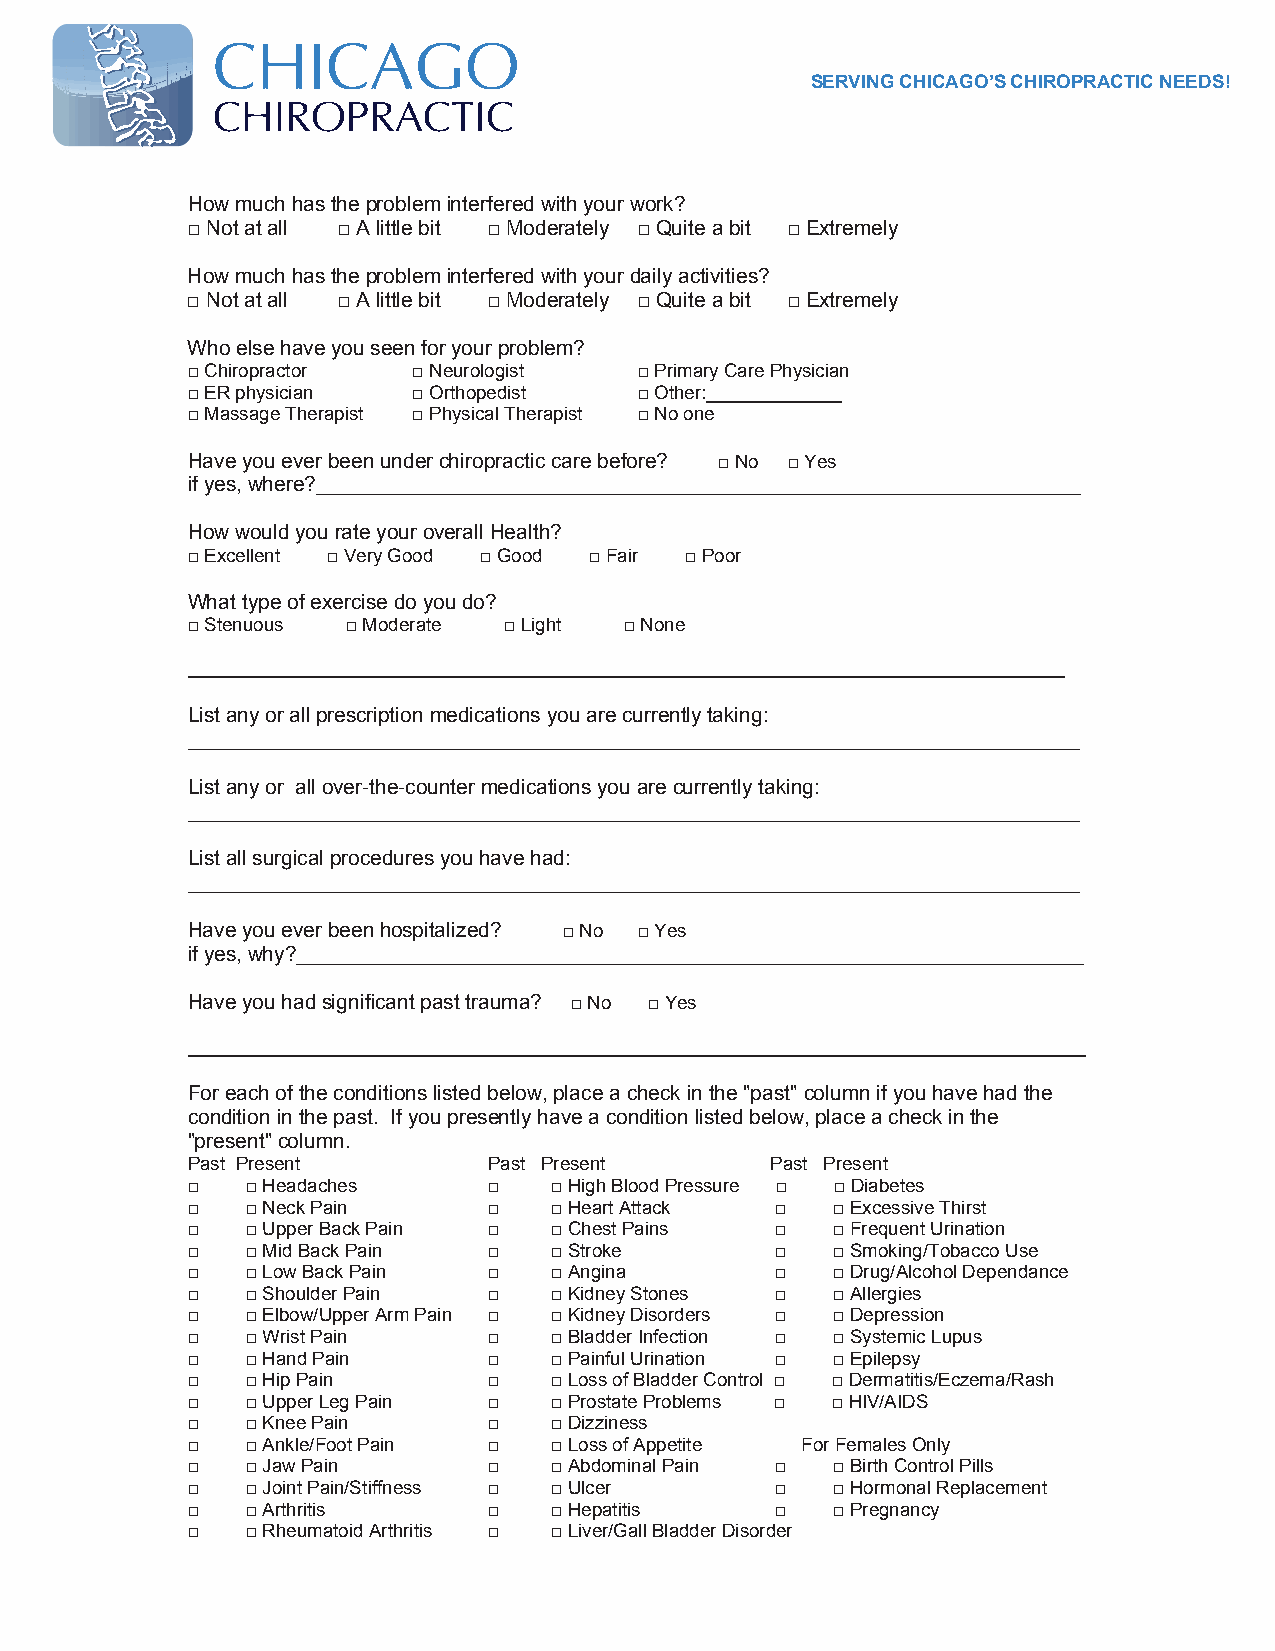
SERVING CHICAGO’S CHIROPRACTIC NEEDS!
 How much has the problem interfered with your work?
 □ Not at all □ A little bit □ Moderately □ Quite a bit □ Extremely
 How much has the problem interfered with your daily activities?
 □ Not at all □ A little bit □ Moderately □ Quite a bit □ Extremely
 Who else have you seen for your problem?
 □ Chiropractor □ Neurologist  □ Primary Care Physician
 □ ER physician □ Orthopedist  □ Other:_____________
 □ Massage Therapist □ Physical Therapist □ No one
 Have you ever been under chiropractic care before? □ No □ Yes
 if yes, where?__________________________________________________________________
 How would you rate your overall Health?
 □ Excellent □ Very Good □ Good □ Fair □ Poor
 What type of exercise do you do?
 □ Stenuous □ Moderate □ Light □ None
 ____________________________________________________________________________________
 List any or all prescription medications you are currently taking:
 _____________________________________________________________________________
 List any or all over-the-counter medications you are currently taking:
 _____________________________________________________________________________
 List all surgical procedures you have had:
 _____________________________________________________________________________
 Have you ever been hospitalized? □ No □ Yes
 if yes, why?____________________________________________________________________
 Have you had significant past trauma? □ No □ Yes
 ______________________________________________________________________________________
 For each of the conditions listed below, place a check in the "past" column if you have had the
 condition in the past. If you presently have a condition listed below, place a check in the
 "present" column.
 Past Present        Past Present       Past Present
 □   □ Headaches     □   □ High Blood Pressure □ □ Diabetes
 □   □ Neck Pain     □   □ Heart Attack □   □ Excessive Thirst
 □   □ Upper Back Pain □ □ Chest Pains  □   □ Frequent Urination
 □   □ Mid Back Pain □   □ Stroke       □   □ Smoking/Tobacco Use
 □   □ Low Back Pain □   □ Angina       □   □ Drug/Alcohol Dependance
 □   □ Shoulder Pain □   □ Kidney Stones □  □ Allergies
 □   □ Elbow/Upper Arm Pain □ □ Kidney Disorders □ □ Depression
 □   □ Wrist Pain    □   □ Bladder Infection □ □ Systemic Lupus
 □   □ Hand Pain     □   □ Painful Urination □ □ Epilepsy
 □   □ Hip Pain      □   □ Loss of Bladder Control □ □ Dermatitis/Eczema/Rash
 □   □ Upper Leg Pain □  □ Prostate Problems □ □ HIV/AIDS
 □   □ Knee Pain     □   □ Dizziness
 □   □ Ankle/Foot Pain □ □ Loss of Appetite For Females Only
 □   □ Jaw Pain      □   □ Abdominal Pain □ □ Birth Control Pills
 □   □ Joint Pain/Stiffness □ □ Ulcer   □   □ Hormonal Replacement
 □   □ Arthritis     □   □ Hepatitis    □   □ Pregnancy
 □   □ Rheumatoid Arthritis □ □ Liver/Gall Bladder Disorder